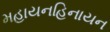
મહાયનહિનાયન